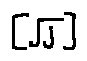
[ \sqrt { j } ]